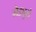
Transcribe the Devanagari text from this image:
मेड्युसे